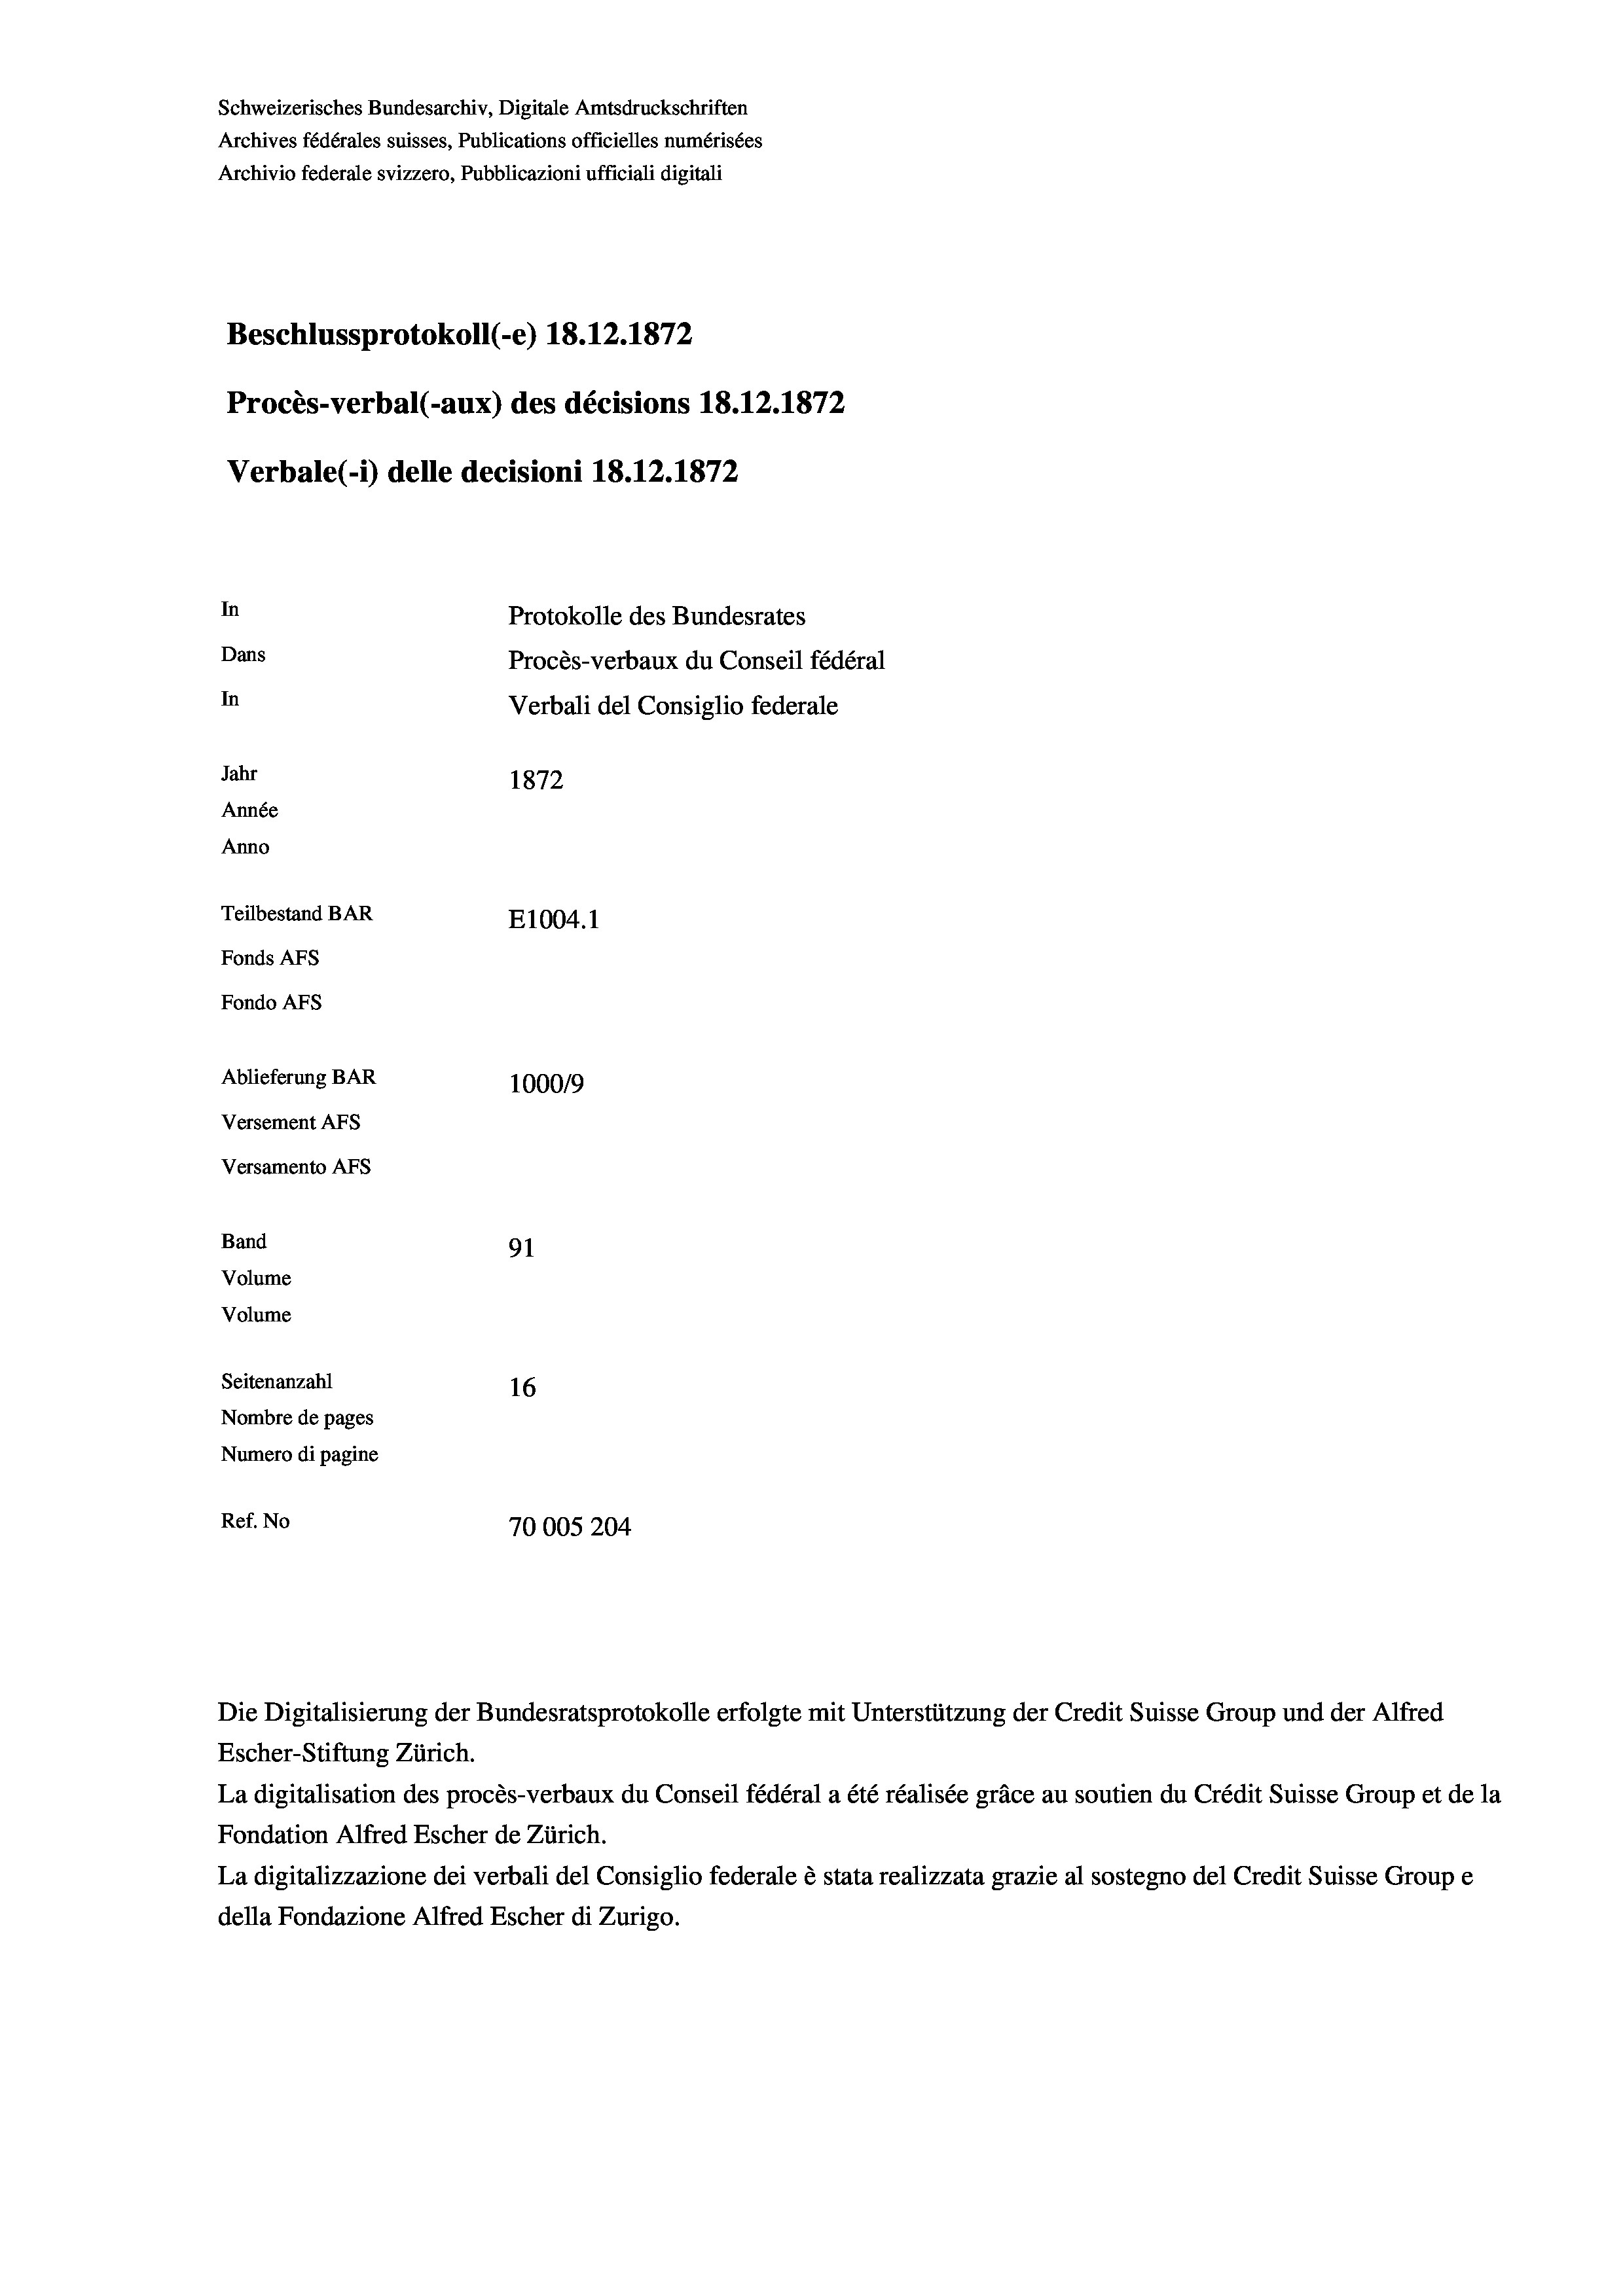
Schweizerisches Bundesarchiv, Digitale Amtsdruckschriften
Archives fédérales suisses, Publications officielles numérisées
Archivio federale svizzero, Pubblicazioni ufficiali digitali
Beschlussprotokoll (-e) 18. 12. 1872
Procès-verbal (-aux) des décisions 18. 12. 1872
Verbale (- 1) delle decisioni 18.12.1872
In
Protokolle des Bundesrates
Dans
Procès-verbaux du Conseil fédéral
In
Verbali del Consiglio federale
Jahr
1872
Année
Anno
Teilbestand BAR
E1004. 1
Fonds Afs
Fondo AFs
Ablieferung BAR
100019
Versement Abs
Versamento AFs
Band
91
Volume
Volume
Seitenanzahl
16
Nombre de pages
Numero di pagine
Ref. No
70005204

Escher-Stiftung Zürich.
La digitalisation des procès-verbaux du Conseil fédéral a été réalisée gräce au soutien du Crédit Suisse Group et de la
Fondation Alfred Escher de Zürich.
La digitalizzazione dei verbali del Consiglio federale è stata realizzata grazie al sostegno del Credit Suisse Groupe
della Fondazione Alfred Escher di Zurigo.

Die Digitalisierung der Bundesratsprotokolle erfolgte mit Unterstützung der Credit Suisse Group und der Alfred